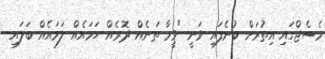
މެސެޖްގައި އިތުރަށް ބުނެފައި ވަނީ "ވީމާ ތަނެއް ދޮރެއް ހަމައެއް ލަމައެއް ބަލައި